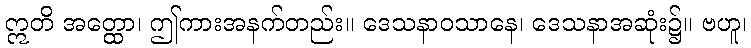
ဣတိ အတ္ထော၊ ဤကားအနက်တည်း။ ဒေသနာဝသာနေ၊ ဒေသနာအဆုံး၌။ ဗဟူ၊